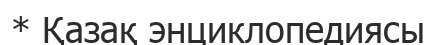
* Қазақ энциклопедиясы